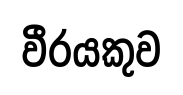
වීරයකුව